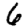
Digit: 6